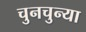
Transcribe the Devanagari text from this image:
चुनचुन्या